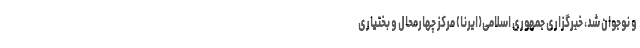
و نوجوان شد، خبرگزاری جمهوری اسلامی(ایرنا) مرکز چهارمحال و بختیاری